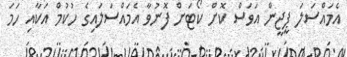
އެމައްސަލަ ޕީޖީން އަވަސް ކޮށް ކޯޓަށް ފޮނުވާ އެމައްސަލައިގެ ހުކުމް އަކާއި ހަމަ